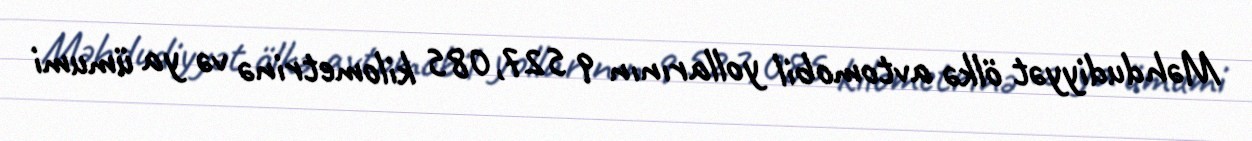
Məhdudiyyət ölkə avtomobil yollarının 9 527,085 kilometrinə və ya ümumi